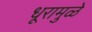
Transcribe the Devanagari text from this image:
धूरामुळे